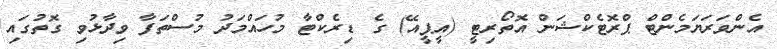
އެންވަރަޔަމެންޓް ޕްރޮޓެކްޝަން އޮތޯރިޓީ (އީޕީއޭ) ގެ ޑިރެކްޓާ މުހައްމަދު މުސްތަފާ ވިދާޅުވި ގޮތުގައި